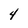
Character: 4